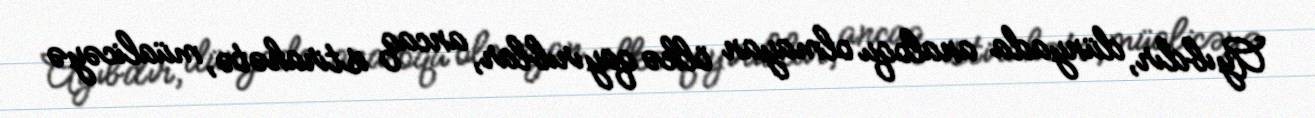
Ayıbdır, dünyada analoqu olmayan ölkə qayırıblar, ancaq istirahətə, müalicəyə